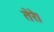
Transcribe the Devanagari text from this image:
तेरे।